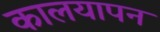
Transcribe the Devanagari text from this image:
कालयापन